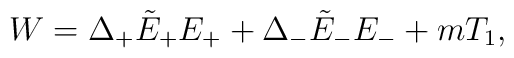
W= \Delta_{+} \tilde{E}_{+}E_{+} + \Delta_{-}\tilde{E}_{-}E_{-}+m T_1,